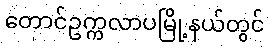
တောင်ဥက္ကလာပမြို့နယ်တွင်